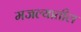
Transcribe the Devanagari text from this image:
मजल्यातील